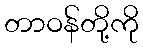
တာဝန်တို့ကို